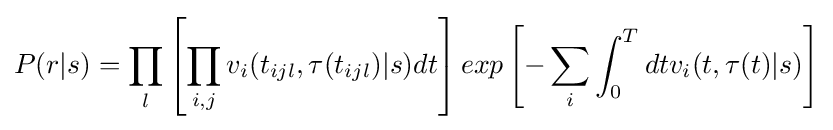
P(r|s)=\prod _{l}\left[\prod _{i,j}v_{i}(t_{ijl},\tau (t_{ijl})|s)dt\right]exp\left[-\sum _{i}\int _{0}^{T}dtv_{i}(t,\tau (t)|s)\right]